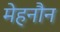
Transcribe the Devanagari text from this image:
मेहनौन